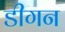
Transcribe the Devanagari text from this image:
डीगन